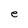
Character: e